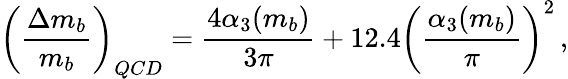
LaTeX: \left(\frac{\Delta m_{b}}{m_{b}}\right)_{QCD}=\frac{4\alpha_{3}(m_{b})}{3\pi}+12.4\left(\frac{\alpha_{3}(m_{b})}{\pi}\right)^{2}\, ,